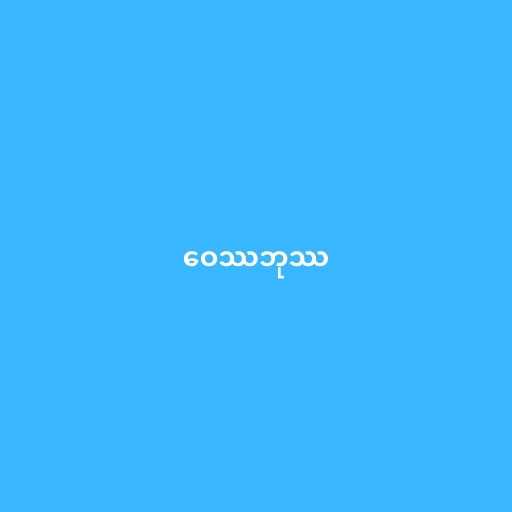
ဝေဿဘုဿ